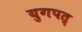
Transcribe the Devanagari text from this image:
युगपत्